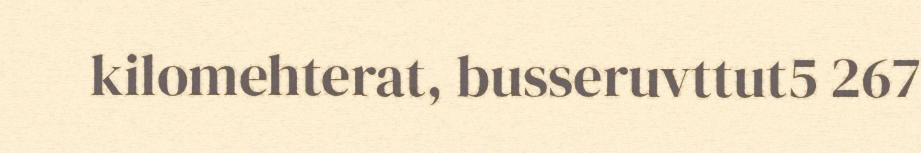
kilomehterat, busseruvttut5 267